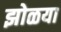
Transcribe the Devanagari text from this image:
झोळया